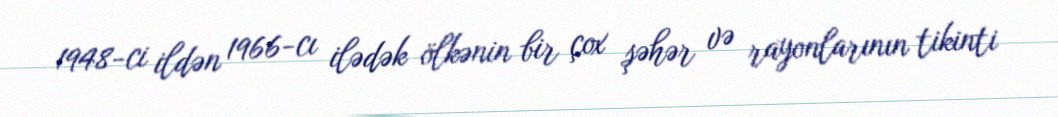
1948-ci ildən 1966-cı ilədək ölkənin bir çox şəhər və rayonlarının tikinti